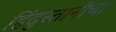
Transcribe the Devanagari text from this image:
हिंदुस्तानीचा